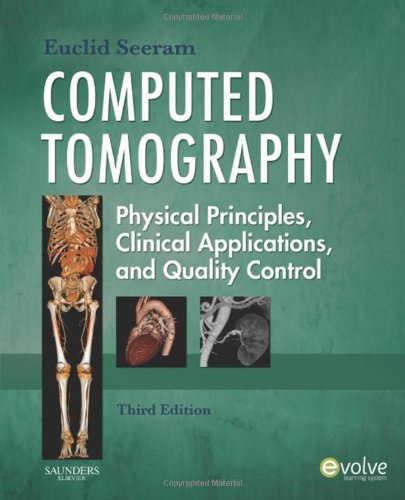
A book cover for Computed Tomography: Physical Principles, Clinical Applications, and Quality Control, 3e (CONTEMPORARY IMAGING TECHNIQUES); Euclid Seeram RT(R)  BSc  MSc  FCAMRT; Medical Books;